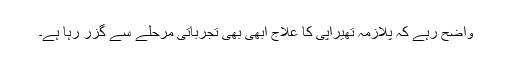
واضح رہے کہ پلازمہ تھیراپی کا علاج ابھی بھی تجرباتی مرحلے سے گزر رہا ہے۔